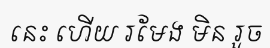
នេះ ហើយ រមែង មិន រួច